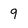
Character: 9